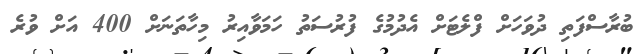
ބުރާސްފަތި ދުވަހަށް ފްލެޓަށް އެދުމުގެ ފުރުސަތު ހަމަވާއިރު މިހާތަނަށް 400 އަށް ވުރެ